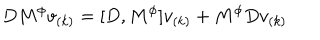
LaTeX: D M ^ { \phi } v _ { ( k ) } = [ D , M ^ { \phi } ] v _ { ( k ) } + M ^ { \phi } D v _ { ( k ) }